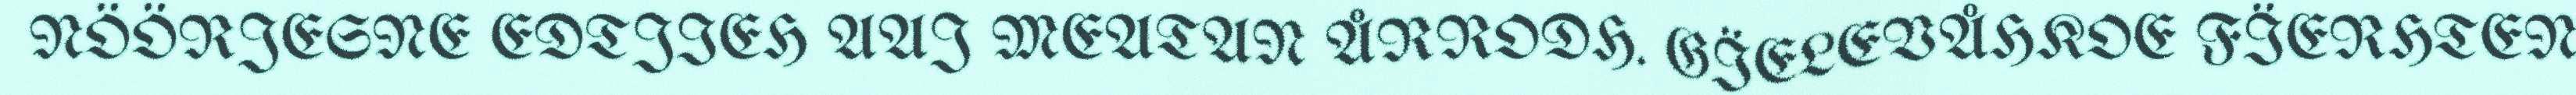
NÖÖRJESNE EDTJIEH AAJ MEATAN ÅRRODH. GÏELEVÅHKOE FÏERHTEN